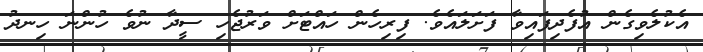
އެކުލެވިގެން އުފެދިފައިވާ ފަށަލައެވެ. ފިރިހެން ހައްޓަށް ވަރުޖެހި ސީދާ ނުވެ ހުންނަ ހިނދު